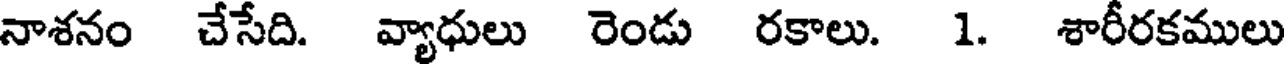
నాశనం చేసేది. వ్యాధులు రెండు రకాలు. 1. శారీరకములు